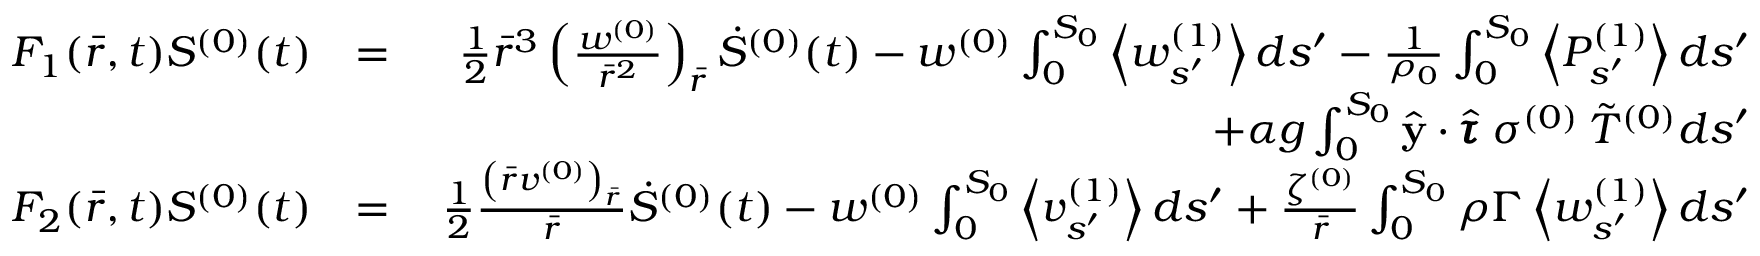
\begin{array} { r l r } { F _ { 1 } ( \bar { r } , t ) S ^ { ( 0 ) } ( t ) } & { = } & { \frac { 1 } { 2 } \bar { r } ^ { 3 } \left( \frac { w ^ { ( 0 ) } } { \bar { r } ^ { 2 } } \right) _ { \bar { r } } \dot { S } ^ { ( 0 ) } ( t ) - w ^ { ( 0 ) } \int _ { 0 } ^ { S _ { 0 } } \left< w _ { s ^ { \prime } } ^ { ( 1 ) } \right> d s ^ { \prime } - \frac { 1 } { \rho _ { 0 } } \int _ { 0 } ^ { S _ { 0 } } \left< P _ { s ^ { \prime } } ^ { ( 1 ) } \right> d s ^ { \prime } } \\ & { \quad } & { \quad \quad + \alpha g \int _ { 0 } ^ { S _ { 0 } } \hat { \mathbf { y } } \cdot \hat { \pmb { \tau } } \: \sigma ^ { ( 0 ) } \: \Tilde { T } ^ { ( 0 ) } d s ^ { \prime } } \\ { F _ { 2 } ( \bar { r } , t ) S ^ { ( 0 ) } ( t ) } & { = } & { \frac { 1 } { 2 } \frac { \left( \bar { r } v ^ { ( 0 ) } \right) _ { \bar { r } } } { \bar { r } } \dot { S } ^ { ( 0 ) } ( t ) - w ^ { ( 0 ) } \int _ { 0 } ^ { S _ { 0 } } \left< v _ { s ^ { \prime } } ^ { ( 1 ) } \right> d s ^ { \prime } + \frac { \zeta ^ { ( 0 ) } } { \bar { r } } \int _ { 0 } ^ { S _ { 0 } } \rho \Gamma \left< w _ { s ^ { \prime } } ^ { ( 1 ) } \right> d s ^ { \prime } } \end{array}